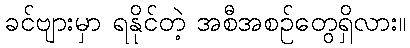
ခင်ဗျားမှာ ရနိုင်တဲ့ အစီအစဉ်တွေရှိလား။